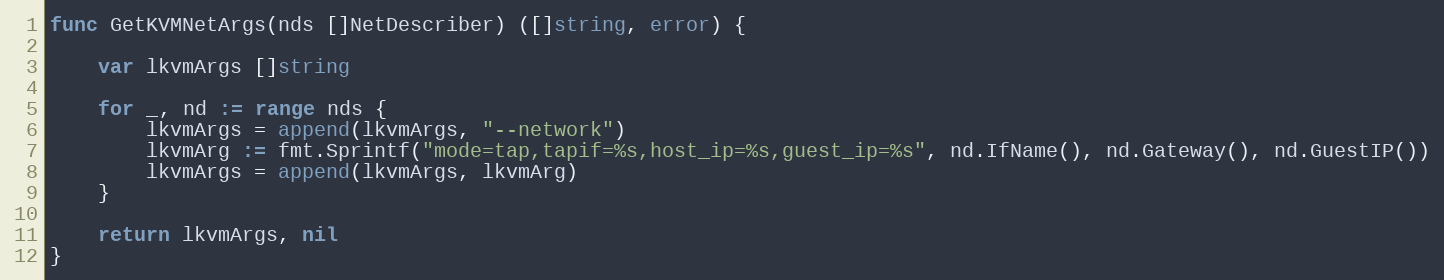
Language: Go
func GetKVMNetArgs(nds []NetDescriber) ([]string, error) {

	var lkvmArgs []string

	for _, nd := range nds {
		lkvmArgs = append(lkvmArgs, "--network")
		lkvmArg := fmt.Sprintf("mode=tap,tapif=%s,host_ip=%s,guest_ip=%s", nd.IfName(), nd.Gateway(), nd.GuestIP())
		lkvmArgs = append(lkvmArgs, lkvmArg)
	}

	return lkvmArgs, nil
}